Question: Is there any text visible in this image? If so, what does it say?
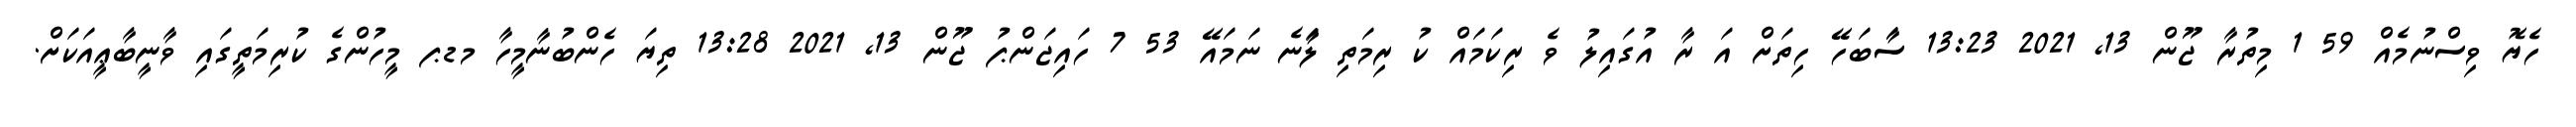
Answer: ހެޔޮ ވިސްނުމެއް 59 1 މިތުރާ ޖޫން 13, 2021 13:23 ސަާބަހޭ ހިތަށް އަ ރާ އުގައިލު ވެ ރިކަމައް ކު ރިމަތި ލާަނެ ނަމައޭ 53 7 ހައިޖަންޕު ޖޫން 13, 2021 13:28 ތިޔަ ހެންބުނާމީހާ މޑޕ މީހުންގެ ކުރިމަތީގައި ވާނީބާޢީއަކަށް.